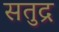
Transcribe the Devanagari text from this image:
सतुद्र